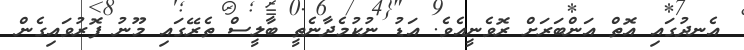
އެނދުގައި އޮތް އަންބަރަށް ރޮވެނީއެވެ. އަޑު ނުކުމެދާނެތީ ބާލީސް ތެރޭގައި މޫނު ފޮރުވައިގެން